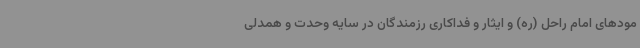
مودهای امام راحل (ره) و ایثار و فداکاری رزمندگان در سایه وحدت و همدلی